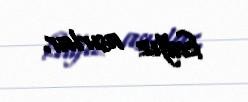
kağız asırlar.